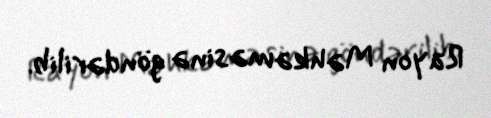
Rayon Məhkəməsinə göndərilib.